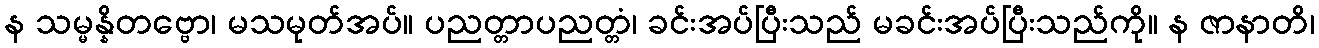
န သမ္မန္နိတဗ္ဗော၊ မသမုတ်အပ်။ ပညတ္တာပညတ္တံ၊ ခင်းအပ်ပြီးသည် မခင်းအပ်ပြီးသည်ကို။ န ဇာနာတိ၊